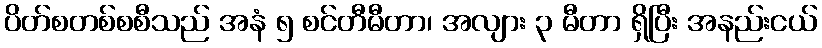
ပိတ်စတစ်စစီသည် အနံ ၅ စင်တီမီတာ၊ အလျား ၃ မီတာ ရှိပြီး အနည်းငယ်